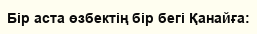
Бір аста өзбектің бір бегі Қанайға: